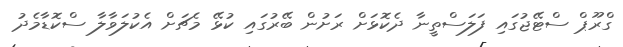
ގްރޫޕް ސްޓޭޖުގައި ފަލަސްތީނާ ދެކޮޅަށް ރަށުން ބޭރުގައި ކުޅޭ މެޗަށް އެކުލަވާލާ ސްކޮޑާމެދު